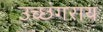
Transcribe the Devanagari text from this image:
उच्छंगराय